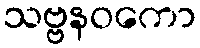
သဗ္ဗနဝကော